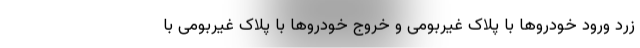
زرد ورود خودروها با پلاک غیربومی و خروج خودروها با پلاک غیربومی با